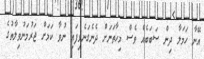
އޭނާ ހަމަލާ ދިން ސަބަބެއް ވެސް މިހާތަނަށް ދެނެގަނެވިފައި ނުވާ ކަމަށް ޖަރުމަނުވިލާތުގެ